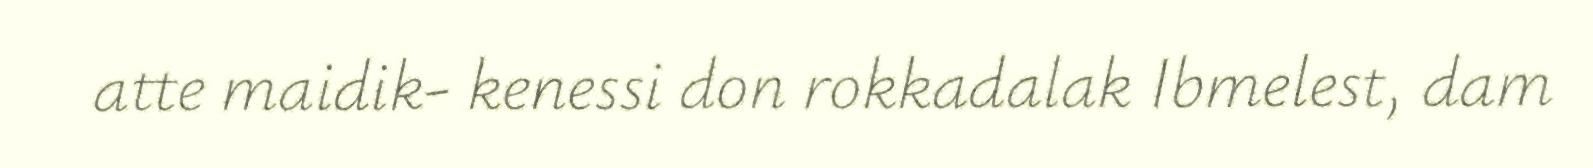
atte maidik- kenessi don rokkadalak Ibmelest, dam